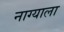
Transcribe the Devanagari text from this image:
नाग्याला